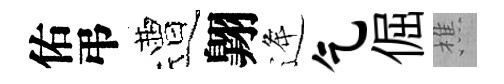
佑弔遭翺逄乞倔樵